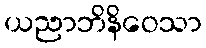
ယညာဘိနိဝေသာ